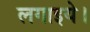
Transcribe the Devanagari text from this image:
लगाइये।